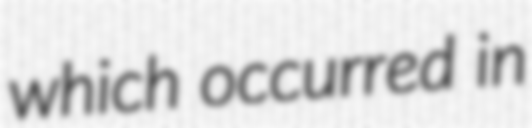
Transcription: which occurred in